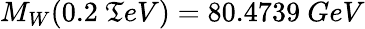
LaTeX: M_{W}(0.2\ \mathfrak{T}eV)=80.4739\ GeV